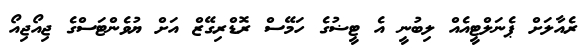
ރެއާލަށް ޕެނަލްޓީއެއް ލިބުނީ އެ ޓީޟުގެ ހަމޭސް ރޮޑްރިގޭޒް އަށް ޔުވެންޓަސްގެ ޖިއޯޖިއޯ